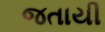
જતાયી